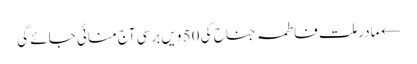
← مادر ملت فاطمہ جناح کی 50 ویں برسی آج منائی جائے گی